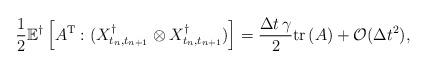
LaTeX: \begin{align*}\frac{1}{2} \mathbb{E}^\dagger \left[ A^{\rm T}: (X_{t_n,t_{n+1}}^\dagger \otimes X_{t_n,t_{n+1}}^\dagger )\right] = \frac{\Delta t \,\gamma}{2} \mbox{tr}\,(A) + \mathcal{O}(\Delta t^2),\end{align*}